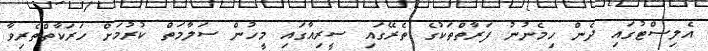
އެލިސްޓުގައި ދެން ހިމެނުނު ފަރާތްތަކުގެ ތެރޭގައި ސީރިއާގައި މީހުން ސަލާމަތް ކުރުމަށް ހަރަކާތްތެރިވާ